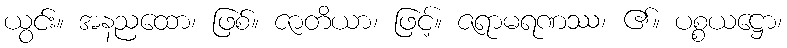
ယွင်း။ အနညထော၊ ဖြစ်။ ဇာတိယာ၊ ဖြင့်။ ဇရာမရဏဿ၊ ၏။ ပစ္စယဋ္ဌော၊